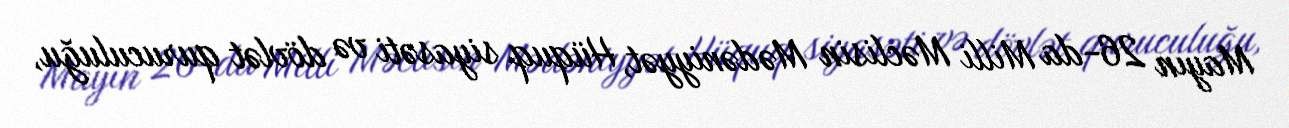
Mayın 26-da Milli Məclisin Mədəniyyət, Hüquq siyasəti və dövlət quruculuğu,